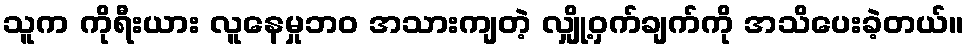
သူက ကိုရီးယား လူနေမှုဘဝ အသားကျတဲ့ လျှို့ဝှက်ချက်ကို အသိပေးခဲ့တယ်။